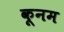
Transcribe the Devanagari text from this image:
कूनम